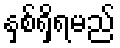
နှစ်ရှိရမည်